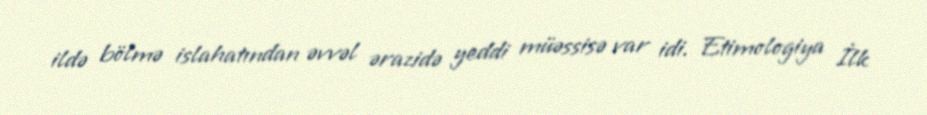
ildə bölmə islahatından əvvəl ərazidə yeddi müəssisə var idi. Etimologiya İlk